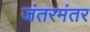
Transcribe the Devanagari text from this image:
जंतरमंतर